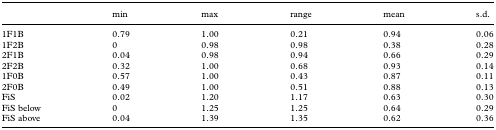
|  | min | max | range | mean | s.d. |
 | --- | --- | --- | --- | --- | --- |
 | 1F1B | 0.79 | 1.00 | 0.21 | 0.94 | 0.06 |
 | 1F2B | 0 | 0.98 | 0.98 | 0.38 | 0.28 |
 | 2F1B | 0.04 | 0.98 | 0.94 | 0.66 | 0.29 |
 | 2F2B | 0.32 | 1.00 | 0.68 | 0.93 | 0.14 |
 | 1F0B | 0.57 | 1.00 | 0.43 | 0.87 | 0.11 |
 | 2F0B | 0.49 | 1.00 | 0.51 | 0.88 | 0.13 |
 | FiS | 0.02 | 1.20 | 1.17 | 0.63 | 0.30 |
 | FiS below | 0 | 1.25 | 1.25 | 0.64 | 0.29 |
 | FiS above | 0.04 | 1.39 | 1.35 | 0.62 | 0.36 |